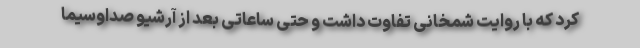
کرد که با روایت شمخانی تفاوت داشت و حتی ساعاتی بعد از آرشیو صداوسیما